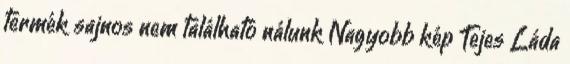
termék sajnos nem található nálunk Nagyobb kép Tejes Láda